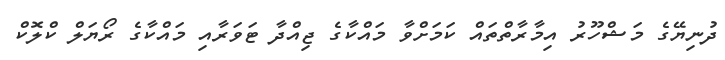
ދުނިޔޭގެ މަޝްހޫރު އިމާރާތްތައް ކަމަށްވާ މައްކާގެ ޖިއްދާ ޓަވަރާއި މައްކާގެ ރޯޔަލް ކްލޮކް